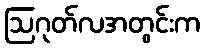
ဩဂုတ်လအတွင်းက